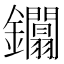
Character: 𨰏